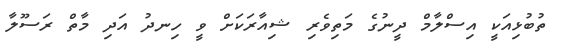
ތުބުޅިއަކީ އިސްލާމް ދީނުގެ މަތިވެރި ޝިއާރަކަށް ވީ ހިނދު އަދި މާތް ރަސޫލާ